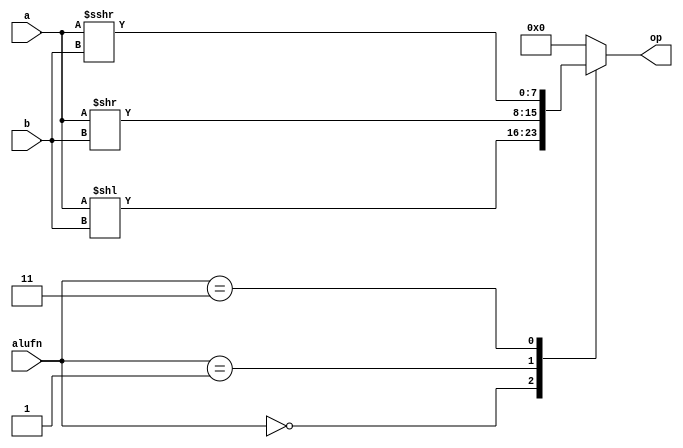
/*
   This file was generated automatically by the Mojo IDE version B1.3.5.
   Do not edit this file directly. Instead edit the original Lucid source.
   This is a temporary file and any changes made to it will be destroyed.
*/

module shifter_24 (
    input [7:0] a,
    input [7:0] b,
    input [1:0] alufn,
    output reg [7:0] op
  );
  
  
  
  always @* begin
    op = 8'h00;
    
    case (alufn)
      2'h0: begin
        op = a << b;
      end
      2'h1: begin
        op = a >> b;
      end
      2'h3: begin
        op = $signed(a) >>> b;
      end
    endcase
  end
endmodule